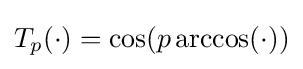
T_{p}(\cdot )=\cos(p\arccos(\cdot ))